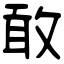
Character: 敢